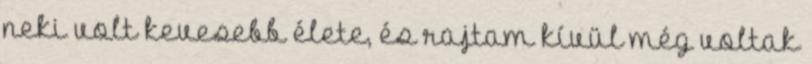
neki volt kevesebb élete, és rajtam kívül még voltak